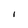
Character: 1